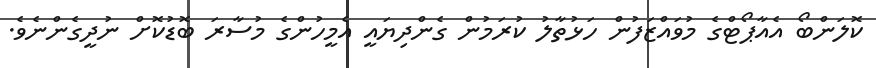
ކޮލަންބޯ އެއާޕޯޓްގެ މުވައްޒަފުން ހަޅުތާލު ކުރަމުން ގެންދިޔައީ އެމީހުންގެ މުސާރަ ބޮޑުކޮށް ނުދީގެންނެވެ.